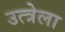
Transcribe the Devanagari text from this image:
उत्त्रेला